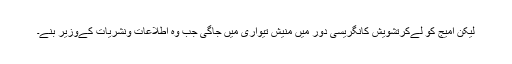
لیکن امیج کو لےکرتشویش کانگریسی دور میں منیش تیواری میں جاگی جب وہ اطلاعات ونشریات کےوزیر بنے۔